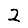
Digit: 2